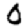
Digit: 0